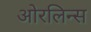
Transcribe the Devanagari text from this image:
ओरलिन्स